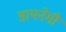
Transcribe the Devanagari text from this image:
डायनेमी